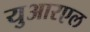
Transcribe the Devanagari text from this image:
युआरएल